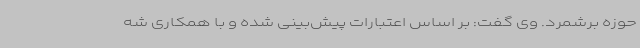
حوزه برشمرد. وی گفت: بر اساس اعتبارات پیش‌بینی شده و با همکاری شه